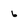
Character: 6